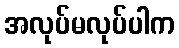
အလုပ်မလုပ်ပါက